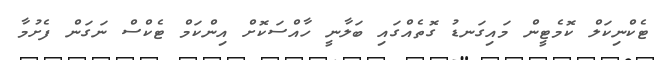
ޓެކްނިކަލް ކޮމެޓީން މައިގަނޑު ގޮތެއްގައި ބަލާނީ ހާއްސަކޮށް އިންކަމް ޓެކްސް ނަގަން ފެށުމާ